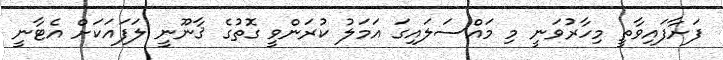
ފަށާފައިވާތީ މިހާރުވަނީ މި މައްސަލައިގަ އަމަލު ކުރަންވީ ގޮތުގެ ޤާނޫނީ ލަފައަކަށް އެޓާނީ